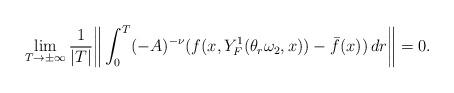
LaTeX: \begin{align*}\lim\limits_{T\rightarrow\pm\infty}\frac{1}{|T|}\bigg\|\int_{0}^{T}(-A)^{-\nu}(f(x,Y_{F}^1(\theta_r\omega_2,x))-\bar f(x))\,dr\bigg\|=0. \end{align*}